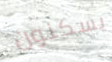
يسكنون